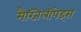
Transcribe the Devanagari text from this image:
मैग्जिलीपेड्स